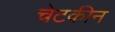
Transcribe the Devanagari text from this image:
चेटकीन